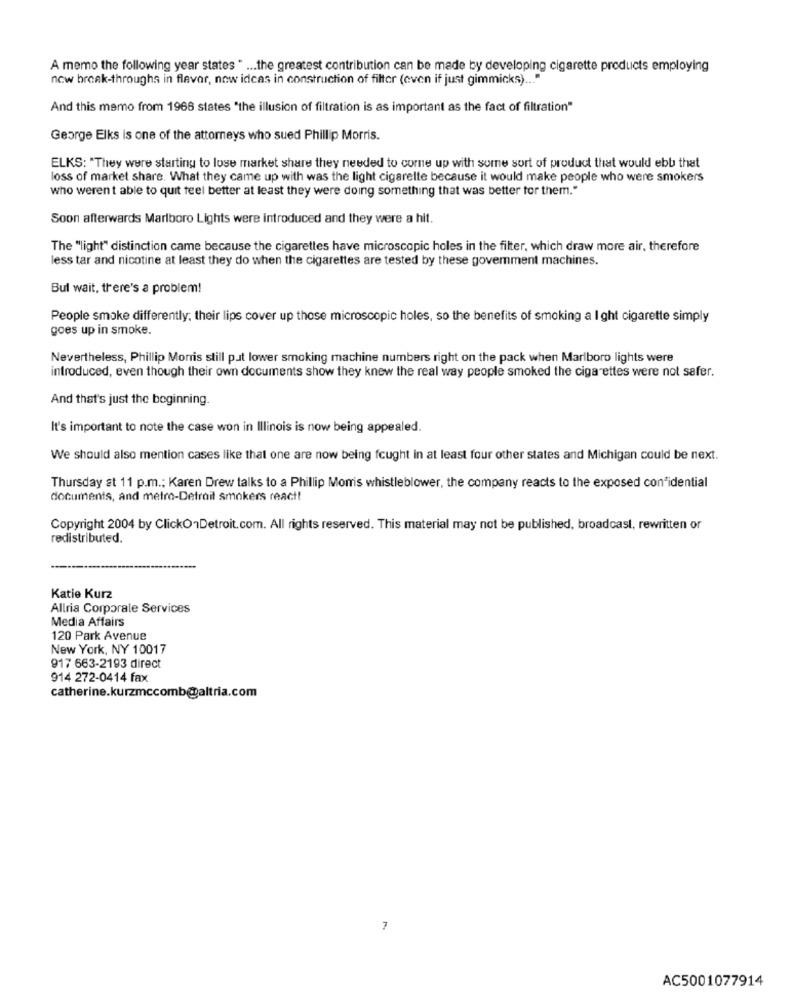
A memo the following year states " ... the greatest contribution can be made by developing cigarette products employing
now break-throughs in flevar, now idcas in construction of filter (even if just gimmicks) ... "
And this memo from 1968 states "the illusion of filtration is as important as the fact of filtration"
George Elks is one of the attorneys who sued Phillip Morris.
ELKS: "They were starting to lose market share they needed to come up with some sort of product that would ebb that
loss of market share. What they came up with was the light cigarette because it would make people who were smokers
who werent able to quit feel better at least they were doing something that was better tor them."
Soon afterwards Marlboro Lights were introduced and they were a hit.
The "light" distinction came because the cigarettes have microscopic holes in the filter, which draw more air, therefore
less tar and nicotine at least they do when the cigarettes are tested by these goverment machines.
Bul wait, there's a problem!
People smoke differently; their lips cover up those microscopic holes, so the benefits of smoking a Ight cigarette simply
goes up in smoke.
Nevertheless, Phillip Morris still put lower smoking machine numbers right on the pack when Marlboro lights were
introduced, even though their own documents show they knew the real way people smoked the cigarettes were not safer.
And that's just the beginning.
It's important to note the case won in Illinois is now being appealed.
We should also mention cases like that one are now being fought in at least four other states and Michigan could be next.
Thursday st 11 p.m .; Karen Drew talks to a Phillip Morris whistleblower, the company reacts to the exposed con"idential
documents, and metro-Detroit Smokers react!
Copyright 2004 by ClickOnDetroit.com. All rights reserved. This material may not be published, broadcast, rewritten or
redistributed.
Katie Kurz
Allria Corporale Services
Media Affairs
120 Park Avenue
New York, NY 10017
917 663-2193 direct
914 272-0414 fax
catherine.kurzmccomb@altria.com
7
AC5001077914